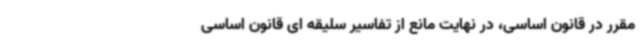
مقرر در قانون اساسی، در نهایت مانع از تفاسیر سلیقه ای قانون اساسی